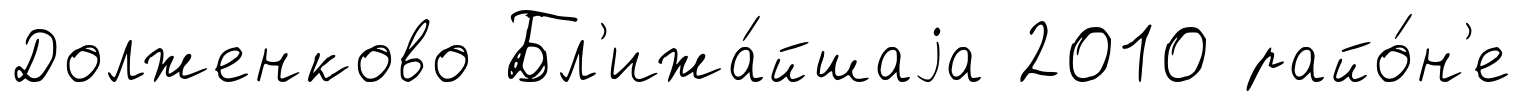
Долженково Бл'ижа́йшаjа 2010 райо́н'е